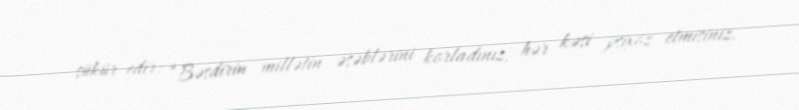
şükür edir: “Bəsdirin millətin əsəblərini korladınız, hər kəsi psixoz etmisiniz.